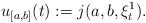
\begin{align*}u_{[a,b]}(t):=j(a,b,\xi^1_t). \end{align*}